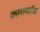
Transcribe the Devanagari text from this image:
काराकॉल